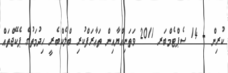
ކުރިން - 14 ސެޕްޓެމްބަރ 2011 ވަތަނިއްޔާއިން ތަޢާރަފްކުރި ބްލެކްބެރީ ހިދުމަތުގެ ޕެކޭޖްތައް